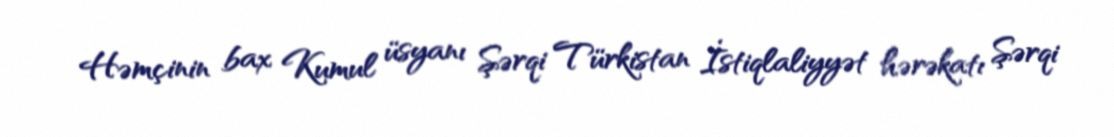
Həmçinin bax Kumul üsyanı Şərqi Türkistan İstiqlaliyyət hərəkatı Şərqi